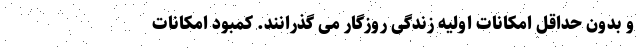
و بدون حداقل امکانات اولیه زندگی روزگار می گذرانند. کمبود امکانات